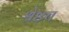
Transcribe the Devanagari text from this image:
श्रेष्ठच